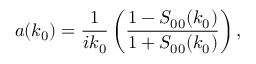
a ( k _ { 0 } ) = \frac { 1 } { i k _ { 0 } } \left( \frac { 1 - S _ { 0 0 } ( k _ { 0 } ) } { 1 + S _ { 0 0 } ( k _ { 0 } ) } \right) ,